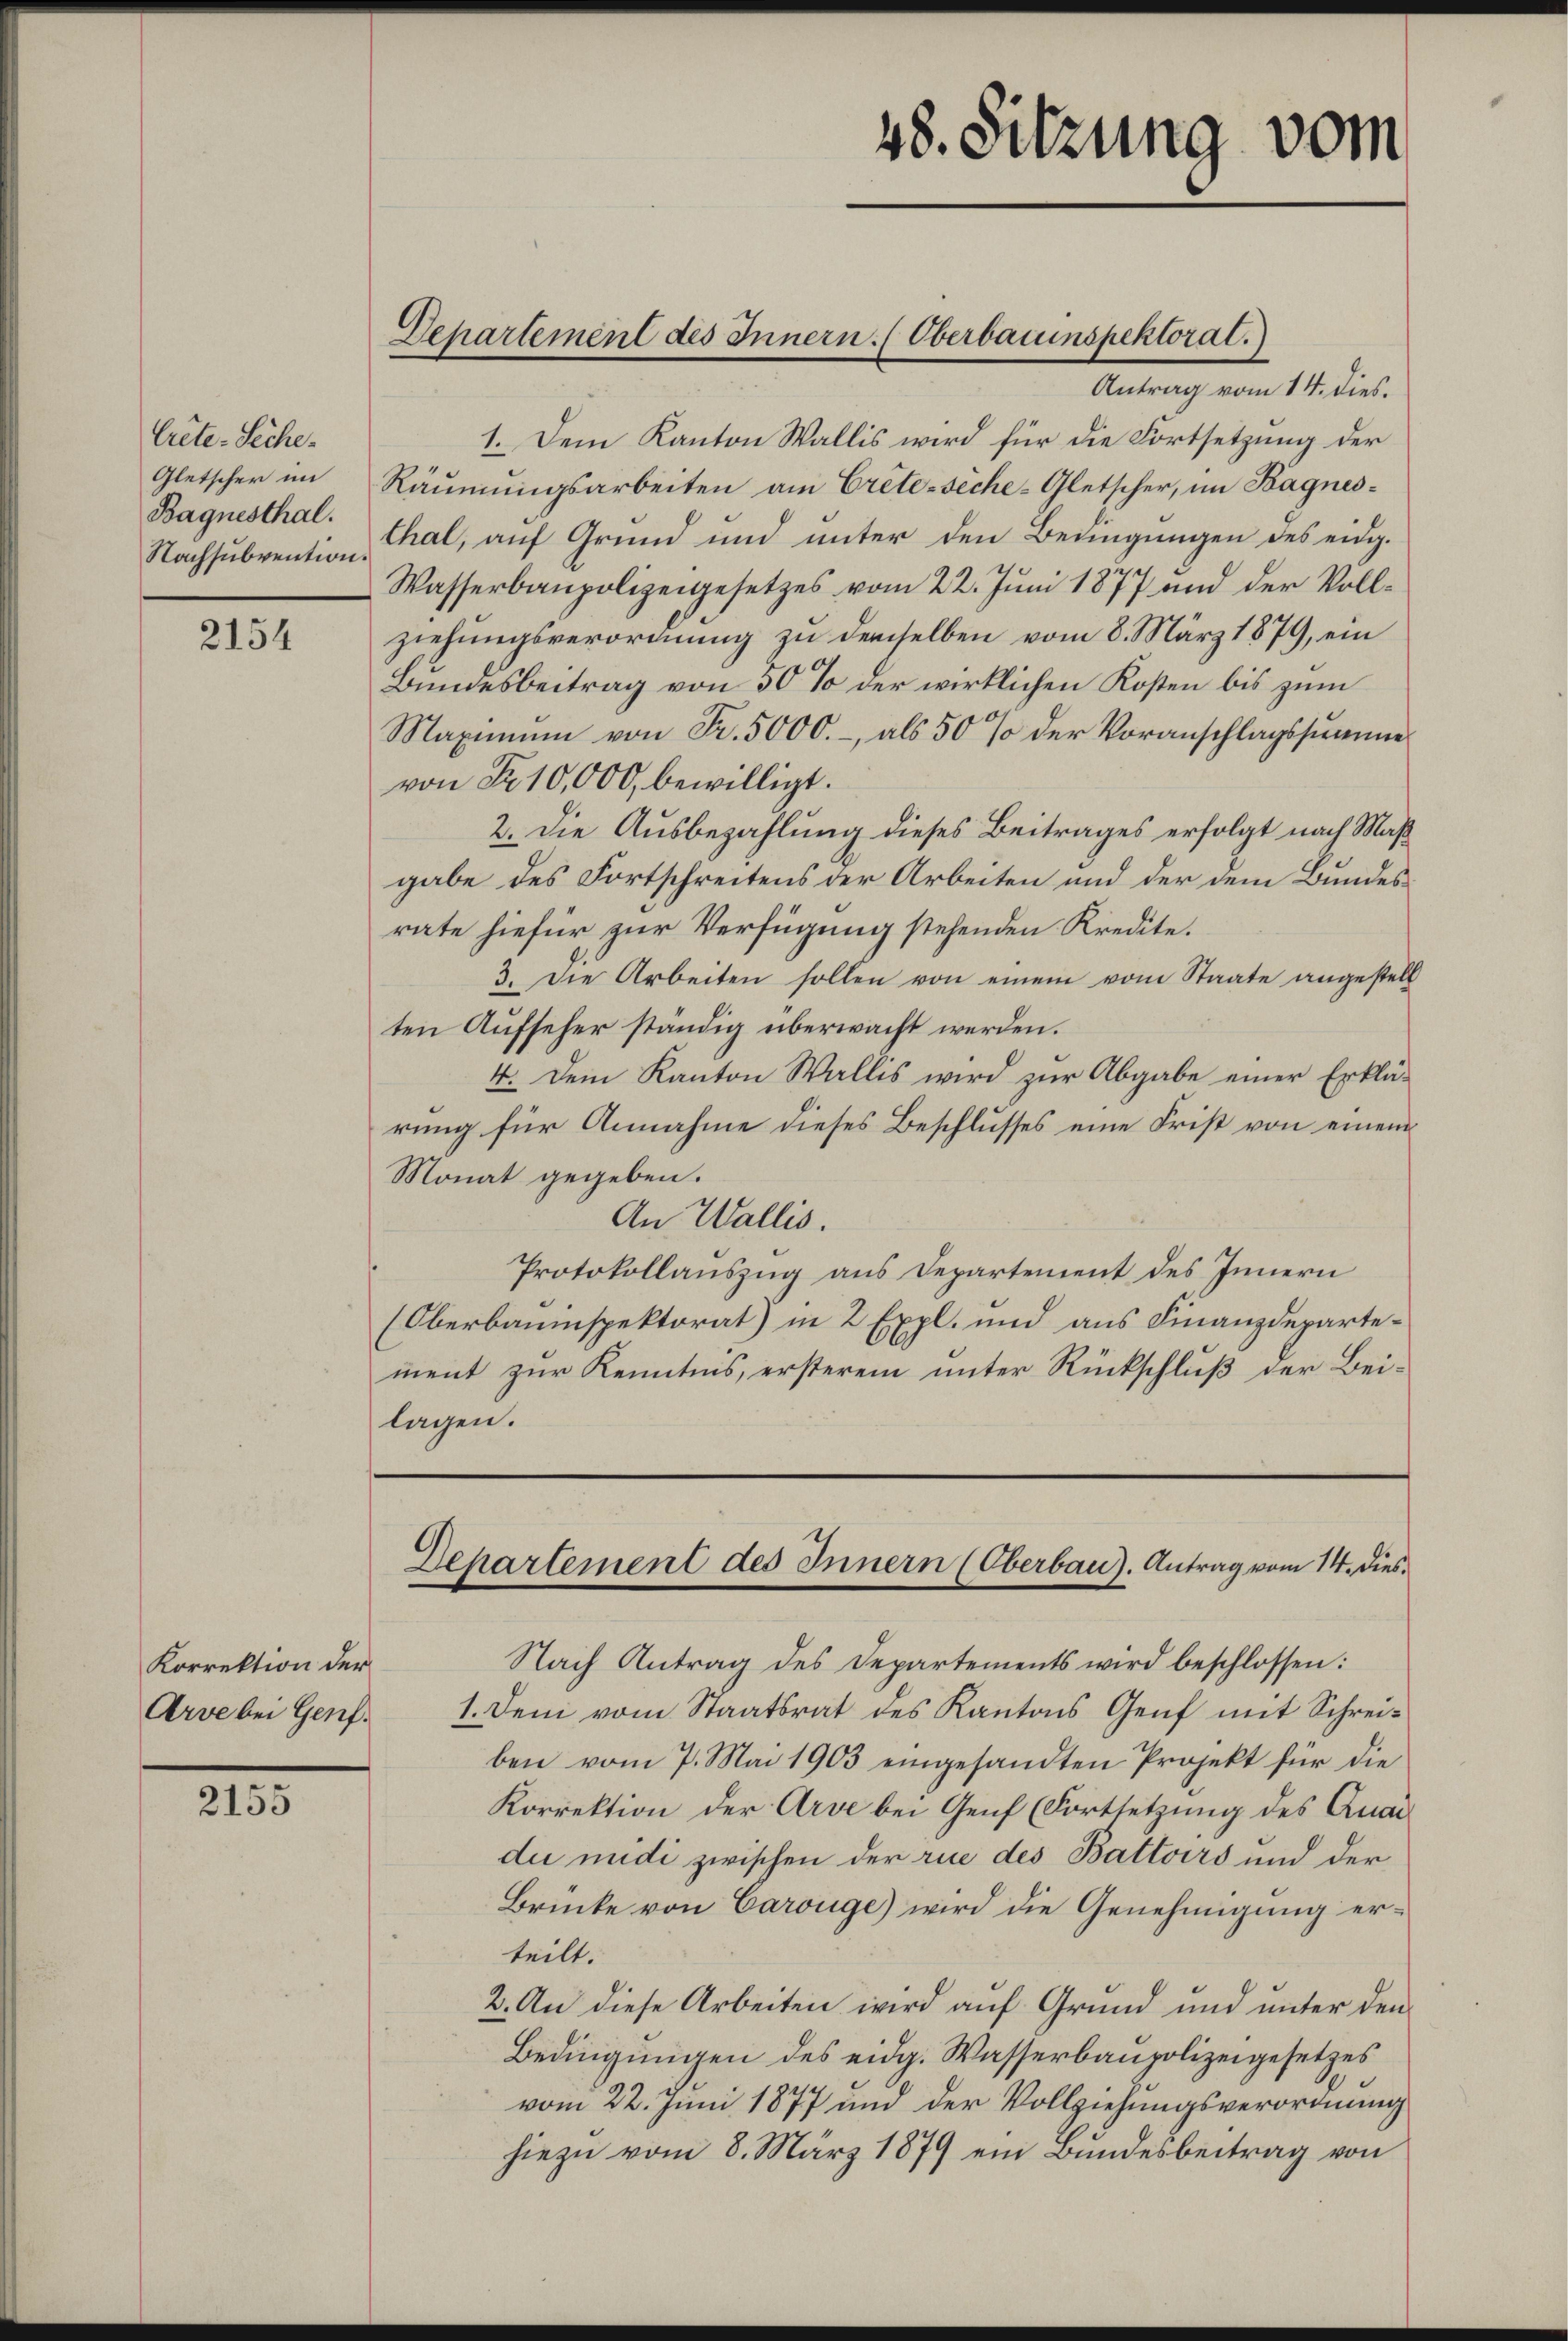
Crete. Siche-
Gletscher im
Bagnesthal.

2154

Korrektion der
Arve bei Genf.

2155

1. Dem Kanton Wallis wird für die Fortsetzung der
Räumungsarbeiten am Crete siche-Gletscher, im Kagnes¬
Nachsubvention Chal, auf Grund und unter den Bedingungen des eidg.
Wasserbaupolizeigesetzes vom 22. Juni 1877 und der Vollziehungsverordnung zu demselben vom 8. März 1879, ein
Bundesbeitrag von 50 % der wirklichen Kosten bis zum
Maximum von Fr. 5000.- als 50 % der Voranschlagssumme
von Fr. 10,000, bewilligt.
2. Die Ausbezahlung dieses Beitrages erfolgt nach Maß
gabe des Fortschreitens der Arbeiten und der dem Bundesrate hiefür zur Verfügung stehenden Kredite.
3. Die Arbeiten sollen von einem vom Staate angestell
ten Aufseher ständig überwacht werden.
4. Dem Kanton Wallis wird zur Abgabe einer Erklä-
rung für Annahme dieses Beschlusses eine Frist von einem
Monat gegeben.
An Wallis.
Protokollauszug aus Departement des Innern
Oberbauinspektorat) in 2 Expl. und aus Finanzdepartement zur Kenntnis, ersterem unter Rückschluß der Beilagen.

Departement des Innern. (Oberbauinspektoral.
Antrag vom 14. dies.

48. Sitzung vom

Departement des Innern (Oberbau). Antrag vom 14. dies¬

Nach Antrag des Departements wird beschlossen:
1. Dem vom Staatsrat des Kantons Genf mit Schreiben vom 7. Mai 1903 eingesandten Projekt für die
Korrektion der Arve bei Genf (Fortsetzung des Anaidu midi zwischen der rue des Battoirs und der
Brücke von Carouge) wird die Genehmigung erteilt.
2. An diese Arbeiten wird auf Grund und unter den
Bedingungen des eidg. Wasserbaupolizeigesetzes
vom 22. Juni 1877 und der Vollziehungsverordnung
hiezu vom 8. März 1879 ein Bundesbeitrag von